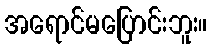
အရောင်မပြောင်းဘူး။